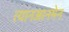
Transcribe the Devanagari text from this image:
त्यानआनमेन